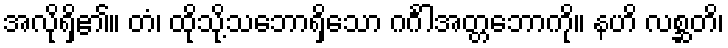
အလိုရှိ၏။ တံ၊ ထိုသို့သဘောရှိသော ဂင်္ဂါအတ္တဘောကို။ နဟိ လစ္ဆတိ၊